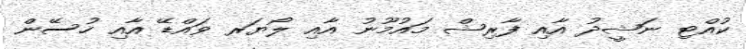
ކުއްޓި ނަޝީދު އާއި ފާރިޝް މައުމޫނު އާއި ލޯޔަރ ވައްޑޭ އާއި ހުސޭން